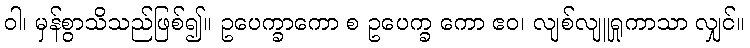
ဝါ၊ မှန်စွာသိသည်ဖြစ်၍။ ဥပေက္ခာကော စ ဥပေက္ခ ကော ဧဝ၊ လျစ်လျူရှုကာသာ လျှင်။